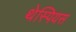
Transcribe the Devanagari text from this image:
थेस्पियस